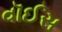
વૉઈસ